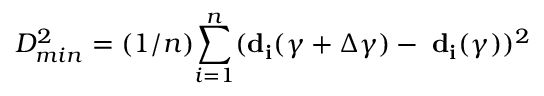
D _ { m i n } ^ { 2 } = ( 1 / n ) { \sum _ { i = 1 } ^ { n } } ( { \bf d _ { i } } ( \gamma + \Delta \gamma ) - { \bf \Gamma } { \bf d _ { i } } ( \gamma ) ) ^ { 2 }